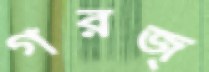
গরজ্‌